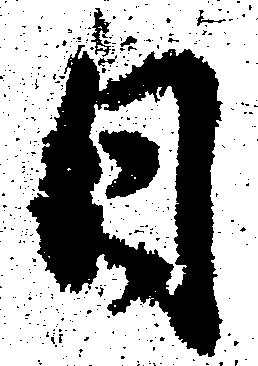
日